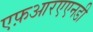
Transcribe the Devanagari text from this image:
एफ़आरएएनडी